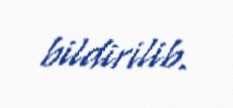
bildirilib.